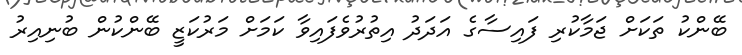
ބޭންކު ތަކަށް ޖަމާކުރި ފައިސާގެ އަދަދު އިތުރުވެފައިވާ ކަމަށް މަރުކަޒީ ބޭންކުން ބުނިއިރު